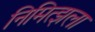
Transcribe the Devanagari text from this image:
निमित्झला